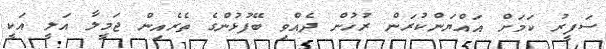
ސަފީރު ކަމަށް އައްޔަންކުރަން ރުހުން ދެއްވި ބޭފުޅުންގެ ތެރެއިން ޖަމީލާ އަލީ އަކީ